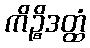
ကိဉ္စိဒတ္ထံ